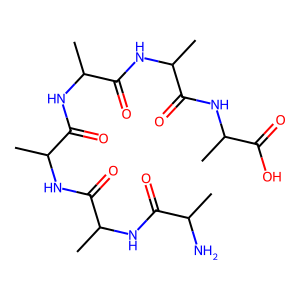
SMILES: CC(N)C(=O)NC(C)C(=O)NC(C)C(=O)NC(C)C(=O)NC(C)C(=O)NC(C)C(=O)O
Inhibits HIV replication: No